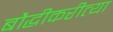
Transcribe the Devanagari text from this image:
बौद्धीकरीत्या